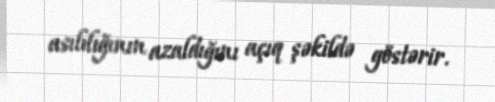
asılılığının azaldığını açıq şəkildə göstərir.